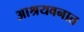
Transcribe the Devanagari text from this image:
आश्रयवनात